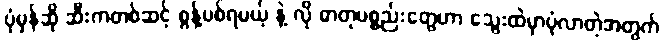
ပုံမှန်ဆို ဆီးကတစ်ဆင့် စွန့်ပစ်ရမယ့် နဲ့ လို ဓာတုပစ္စည်းတွေဟာ သွေးထဲမှာပုံလာတဲ့အတွက်